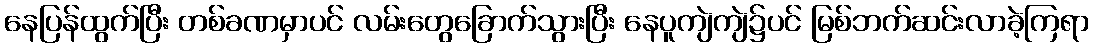
နေပြန်ထွက်ပြီး တစ်ခဏမှာပင် လမ်းတွေခြောက်သွားပြီး နေပူကျဲကျဲ၌ပင် မြစ်ဘက်ဆင်းလာခဲ့ကြရာ